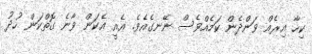
ކިހާ އިރެއް ވަންދެން ކަމެއްވެސް ނޭނގެއެވެ. އެއީ އެކަން ވާނެ ގޮތްކަން ހުދު